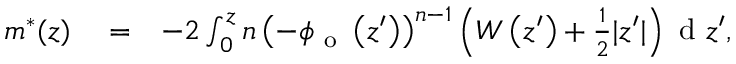
\begin{array} { r l r } { m ^ { * } ( z ) } & { { } = } & { - 2 \int _ { 0 } ^ { z } n \left( - \phi _ { \mathrm { ~ o ~ } } \left( z ^ { \prime } \right) \right) ^ { n - 1 } \left( W \left( z ^ { \prime } \right) + \frac { 1 } { 2 } | z ^ { \prime } | \right) \mathrm { ~ d ~ } z ^ { \prime } , } \end{array}